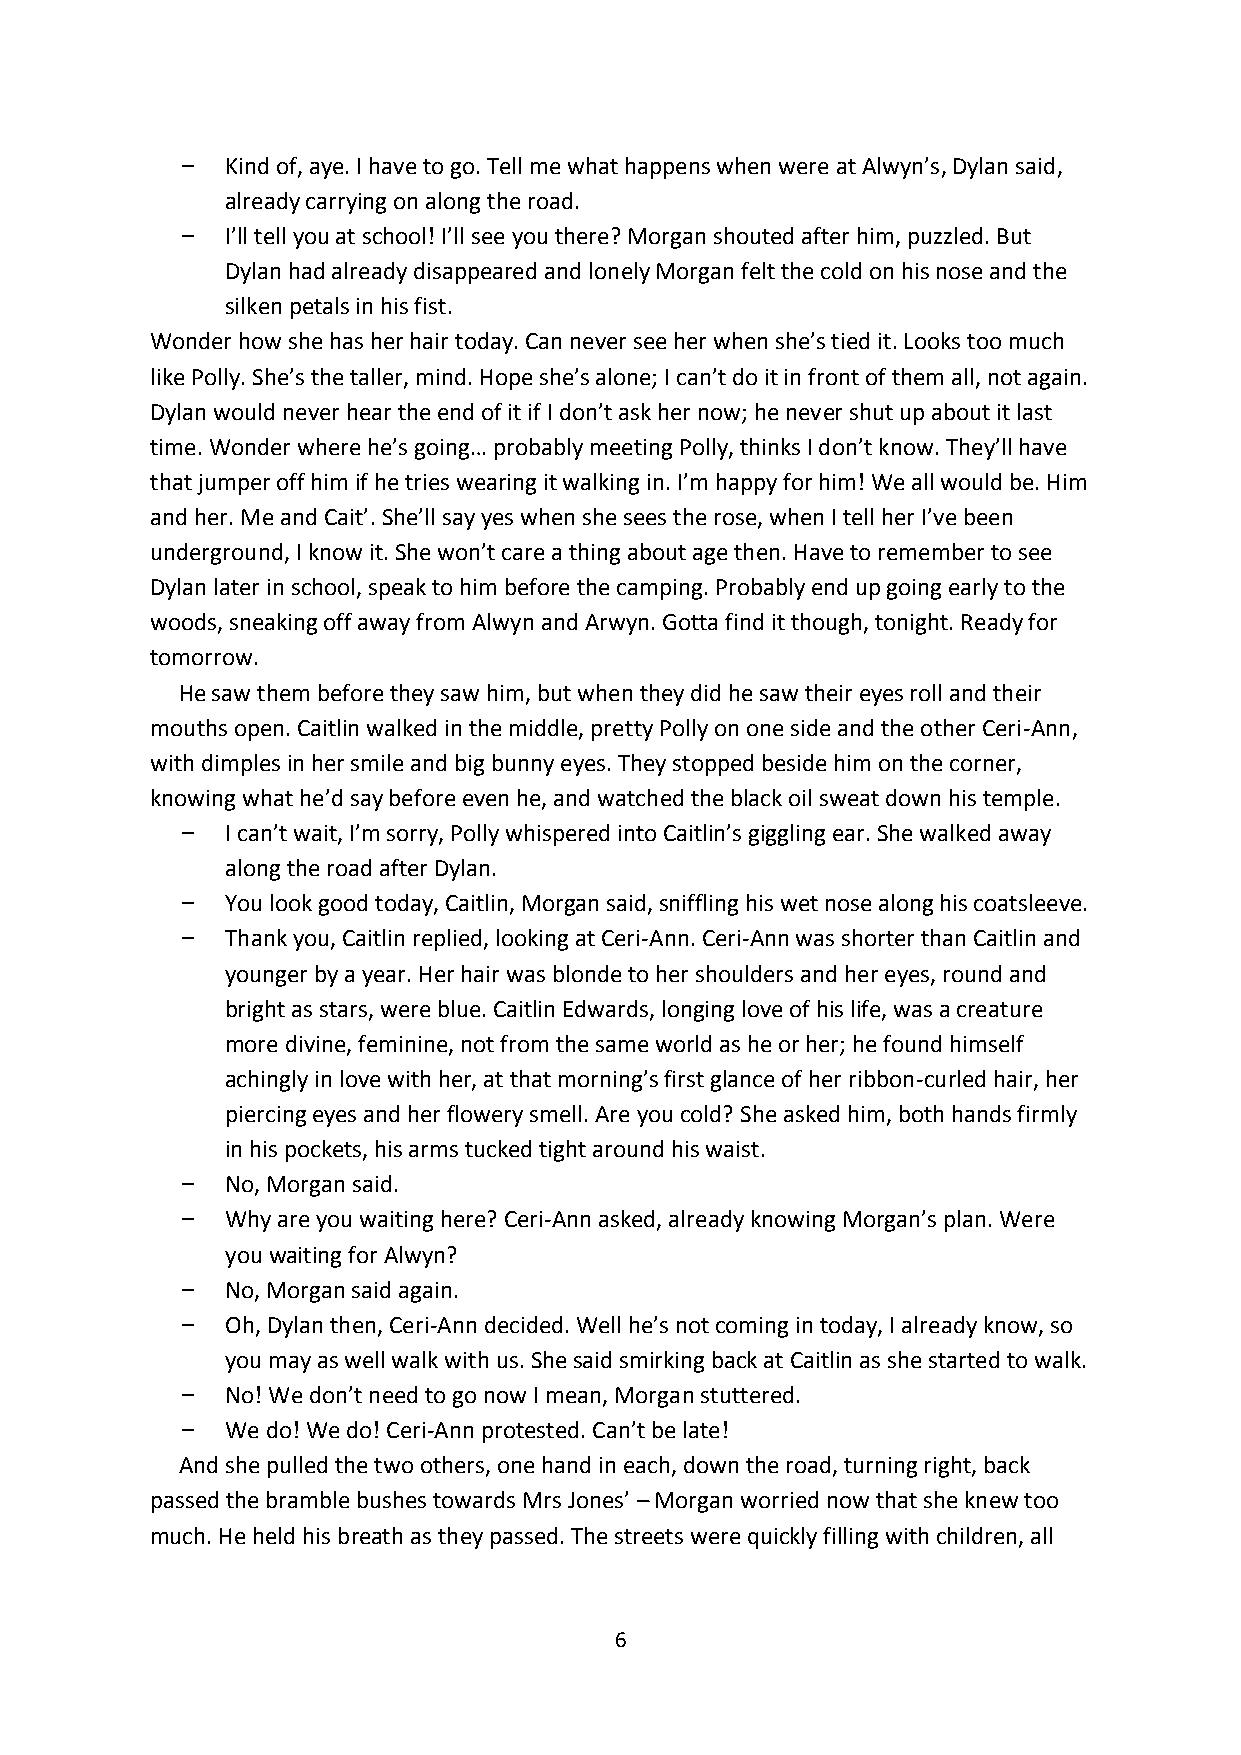
Kind of, aye. I have to go. Tell me what happens when were at Alwyn’s, Dylan said,
 already carrying on along the road.
 I’ll tell you at school! I’ll see you there? Morgan shouted after him, puzzled. But
 Dylan had already disappeared and lonely Morgan felt the cold on his nose and the
 silken petals in his fist.
 Wonder how she has her hair today. Can never see her when she’s tied it. Looks too much
 like Polly. She’s the taller, mind. Hope she’s alone; I can’t do it in front of them all, not again.
 Dylan would never hear the end of it if I don’t ask her now; he never shut up about it last
 time. Wonder where he’s going… probably meeting Polly, thinks I don’t know. They’ll have
 that jumper off him if he tries wearing it walking in. I’m happy for him! We all would be. Him
 and her. Me and Cait’. She’ll say yes when she sees the rose, when I tell her I’ve been
 underground, I know it. She won’t care a thing about age then. Have to remember to see
 Dylan later in school, speak to him before the camping. Probably end up going early to the
 woods, sneaking off away from Alwyn and Arwyn. Gotta find it though, tonight. Ready for
 tomorrow.
 He saw them before they saw him, but when they did he saw their eyes roll and their
 mouths open. Caitlin walked in the middle, pretty Polly on one side and the other Ceri-Ann,
 with dimples in her smile and big bunny eyes. They stopped beside him on the corner,
 knowing what he’d say before even he, and watched the black oil sweat down his temple.
 I can’t wait, I’m sorry, Polly whispered into Caitlin’s giggling ear. She walked away
 along the road after Dylan.
 You look good today, Caitlin, Morgan said, sniffling his wet nose along his coatsleeve.
 Thank you, Caitlin replied, looking at Ceri-Ann. Ceri-Ann was shorter than Caitlin and
 younger by a year. Her hair was blonde to her shoulders and her eyes, round and
 bright as stars, were blue. Caitlin Edwards, longing love of his life, was a creature
 more divine, feminine, not from the same world as he or her; he found himself
 achingly in love with her, at that morning’s first glance of her ribbon-curled hair, her
 piercing eyes and her flowery smell. Are you cold? She asked him, both hands firmly
 in his pockets, his arms tucked tight around his waist.
 No, Morgan said.
 Why are you waiting here? Ceri-Ann asked, already knowing Morgan’s plan. Were
 you waiting for Alwyn?
 No, Morgan said again.
 Oh, Dylan then, Ceri-Ann decided. Well he’s not coming in today, I already know, so
 you may as well walk with us. She said smirking back at Caitlin as she started to walk.
 No! We don’t need to go now I mean, Morgan stuttered.
 We do! We do! Ceri-Ann protested. Can’t be late!
 And she pulled the two others, one hand in each, down the road, turning right, back
 passed the bramble bushes towards Mrs Jones’ – Morgan worried now that she knew too
 much. He held his breath as they passed. The streets were quickly filling with children, all
 6